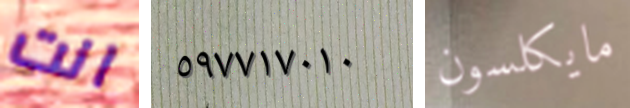
انت ٥٩٧٧١٧٠١٠ مايكلسون